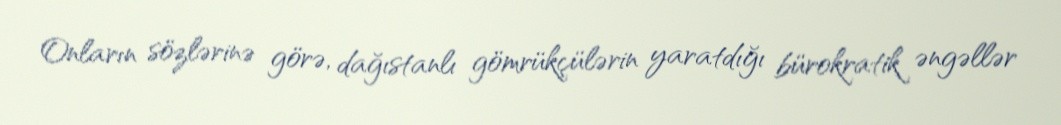
Onların sözlərinə görə, dağıstanlı gömrükçülərin yaratdığı bürokratik əngəllər